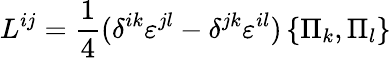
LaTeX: L^{ij}={\frac{1}{4}}(\delta^{ik}{\varepsilon}^{jl}-\delta^{jk}{\varepsilon}^{il})\left\{ \Pi_{k},\Pi_{l}\right\}